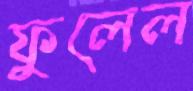
ফুলেল